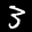
Label: 3